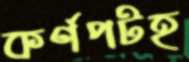
কর্ণপটহ